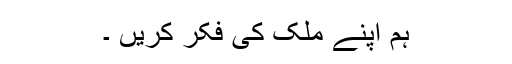
ہم اپنے ملک کی فکر کریں ۔